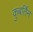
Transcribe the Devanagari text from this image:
कुबर्तिन